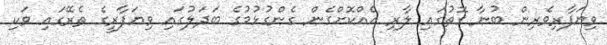
ވިޔަފާރިވެރިން ބުނާ ގޮތުގައި ލާރި އެއްކޮށްގެން ގެންގުޅުމުގެ ބަދަލުގައި ވިޔަފާރީގެ ތެރޭގައި ވަކި